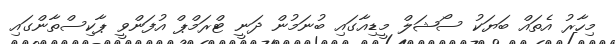
މިހާރު އެތައް ބަޔަކު ސޯޝަލް މީޑިއާގައި ބުނަމުން ދަނީ ޓްރަމްޕް އުފަންވީ ޕާކިސްތާންގައި